Indian journal of veterinary science and animal husbandry - Volume 1,
Year: 1931
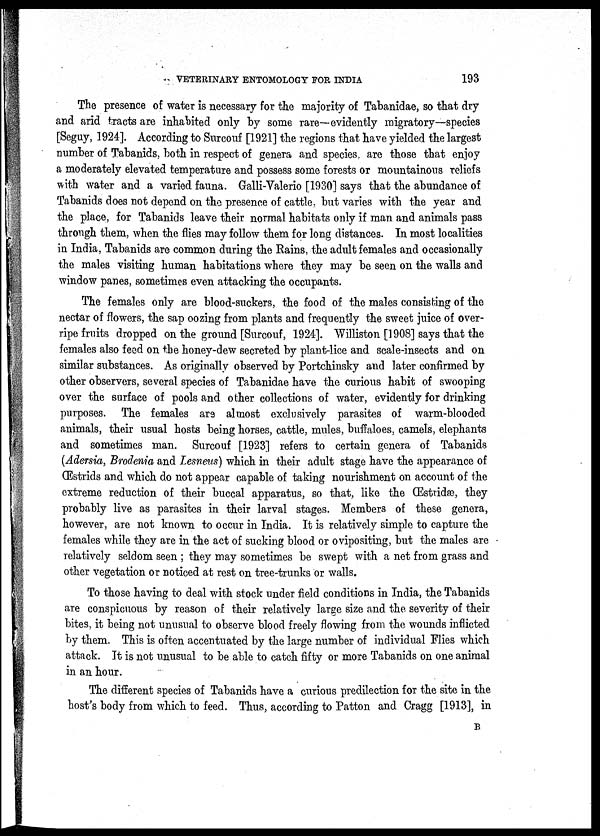
VETERINARY ENTOMOLOGY FOR INDIA
193
The presence of water is necessary for the majority of Tabanidae, so that dry
and arid tracts are inhabited only by some rare—evidently migratory—species
[Seguy, 1924]. According to Surcouf [1921] the regions that have yielded the largest
number of Tabanids, both in respect of genera and species, are those that enjoy
a moderately elevated temperature and possess some forests or mountainous reliefs
with water and a varied fauna. Galli-Valerio [1930] says that the abundance of
Tabanids does not depend on the presence of cattle, but varies with the year and
the place, for Tabanids leave their normal habitats only if man and animals pass
through them, when the flies may follow them for long distances. In most localities
in India, Tabanids are common during the Rains, the adult females and occasionally
the males visiting human habitations where they may be seen on the walls and
window panes, sometimes even attacking the occupants.
The females only are blood-suckers, the food of the males consisting of the
nectar of flowers, the sap oozing from plants and frequently the sweet juice of over-
ripe fruits dropped on the ground [Surcouf, 1924]. Williston [1908] says that the
females also feed on the honey-dew secreted by plant-lice and scale-insects and on
similar substances. As originally observed by Portchinsky and later confirmed by
other observers, several species of Tabanidae have the curious habit of swooping
over the surface of pools and other collections of water, evidently for drinking
purposes. The females are almost exclusively parasites of warm-blooded
animals, their usual hosts being horses, cattle, mules, buffaloes, camels, elephants
and sometimes man. Surcouf [1923] refers to certain genera of Tabanids
(Adersia, Brodenia and Lesneus) which in their adult stage have the appearance of
Œstrids and which do not appear capable of taking nourishment on account of the
extreme reduction of their buccal apparatus, so that, like the Œstridæ, they
probably live as parasites in their larval stages. Members of these genera,
however, are not known to occur in India. It is relatively simple to capture the
females while they are in the act of sucking blood or ovipositing, but the males are
relatively seldom seen ; they may sometimes be swept with a net from grass and
other vegetation or noticed at rest on tree-trunks or walls.
To those having to deal with stock under field conditions in India, the Tabanids
are conspicuous by reason of their relatively large size and the severity of their
bites, it being not unusual to observe blood freely flowing from the wounds inflicted
by them. This is often accentuated by the large number of individual Flies which
attack. It is not unusual to be able to catch fifty or more Tabanids on one animal
in an hour.
The different species of Tabanids have a curious predilection for the site in the
host's body from which to feed. Thus, according to Patton and Cragg [1913], in
B